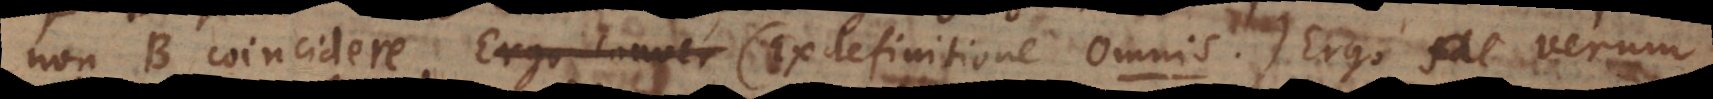
non‐B coincidere. Ergo conver (ex definitione Omnis). Ergo verum